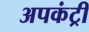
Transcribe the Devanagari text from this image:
अपकंट्री